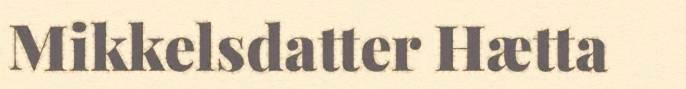
Mikkelsdatter Hætta